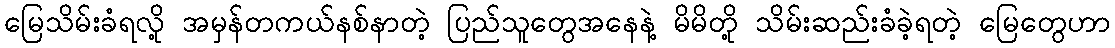
မြေသိမ်းခံရလို့ အမှန်တကယ်နစ်နာတဲ့ ပြည်သူတွေအနေနဲ့ မိမိတို့ သိမ်းဆည်းခံခဲ့ရတဲ့ မြေတွေဟာ